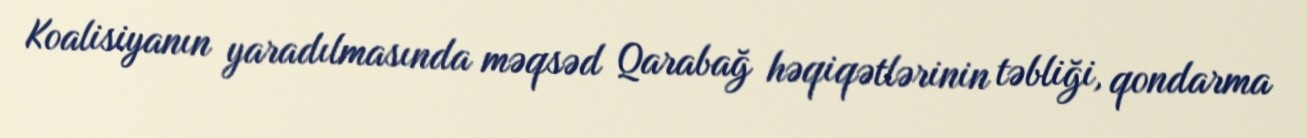
Koalisiyanın yaradılmasında məqsəd Qarabağ həqiqətlərinin təbliği, qondarma